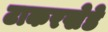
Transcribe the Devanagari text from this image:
टाकरखेडे